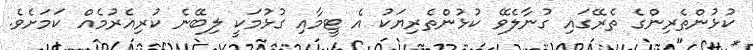
ކުޅުންތެރިންގެ ތެރޭގައި ގުނާލެވޭ ކުޅުންތެރިޔަކު އެ ޓީމާއި ގުޅުމަކީ ލިބޭނެ ކުރިއެރުމެއް ކަމަށެވެ.